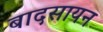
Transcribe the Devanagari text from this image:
बादसायन